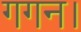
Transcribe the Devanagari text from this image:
गगन।